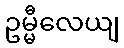
ဥမ္မီလေယျ